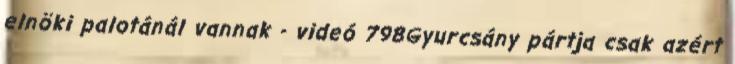
elnöki palotánál vannak - videó 798Gyurcsány pártja csak azért